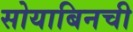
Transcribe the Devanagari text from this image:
सोयाबिनची